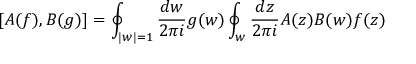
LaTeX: [ A ( f ) , B ( g ) ] = \oint _ { | w | = 1 } \frac { d w } { 2 \pi i } g ( w ) \oint _ { w } \frac { d z } { 2 \pi i } A ( z ) B ( w ) f ( z )